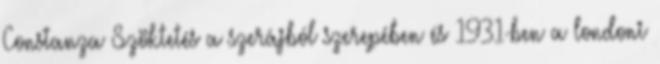
Constanza Szöktetés a szerájból szerepében és 1931-ben a londoni